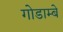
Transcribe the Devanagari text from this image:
गोडाम्बे